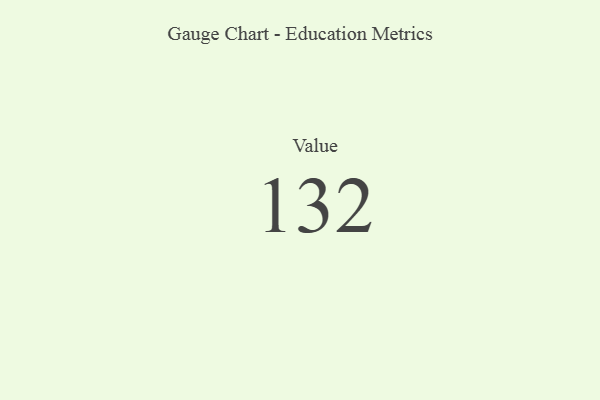
{"axis": {"x": "Metric", "y": "Value"}, "legend": [""], "data": [{"x": "Value", "y": 132, "type": ""}]}